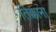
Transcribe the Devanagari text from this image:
तिक्काना